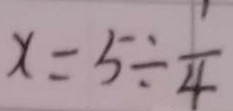
x = 5 \div \frac { 1 } { 4 }